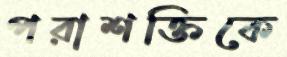
পরাশক্তিকে